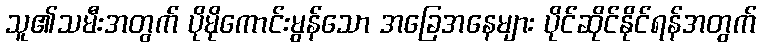
သူ၏သမီးအတွက် ပိုမိုကောင်းမွန်သော အခြေအနေများ ပိုင်ဆိုင်နိုင်ရန်အတွက်